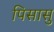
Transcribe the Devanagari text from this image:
पिसासु